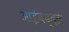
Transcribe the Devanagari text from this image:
आईबद्दल